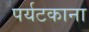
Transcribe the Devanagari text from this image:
पर्यटकाना